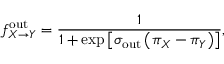
f _ { X \to Y } ^ { \mathrm { o u t } } = \frac { 1 } { 1 + \exp \left[ \sigma _ { \mathrm { o u t } } \left( \pi _ { X } - \pi _ { Y } \right) \right] } ,